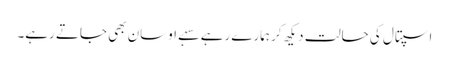
اسپتال کی حالت دیکھ کر ہمارے رہے سہے اوسان بھی جاتے رہے۔